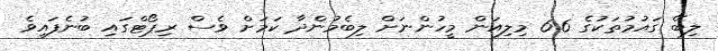
ލިބޭ ގައުމުތަކުގެ 6.6 މިލިއަން މީހުންނަށް ލިބެމުންދާ ކަމަށް ވެސް ރިޕޯޓްގައި ބުނެފައިވެ